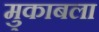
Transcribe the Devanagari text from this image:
मु्काबला